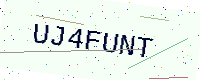
Text: UJ4FUNT